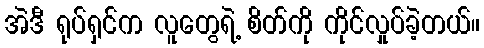
အဲဒီ ရုပ်ရှင်က လူတွေရဲ့ စိတ်ကို ကိုင်လှုပ်ခဲ့တယ်။